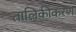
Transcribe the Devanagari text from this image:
तालिकीकरण